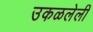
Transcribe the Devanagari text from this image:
उकळलेली